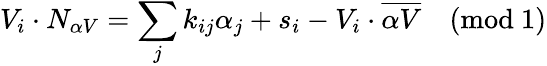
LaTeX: V_{i}\cdot N_{\alpha V}=\sum_{j}k_{ij}\alpha_{j}+s_{i}-V_{i}\cdot\overline{{{\alpha V}}}\quad(\mathrm{mod\ 1})